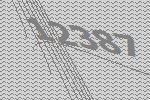
12387